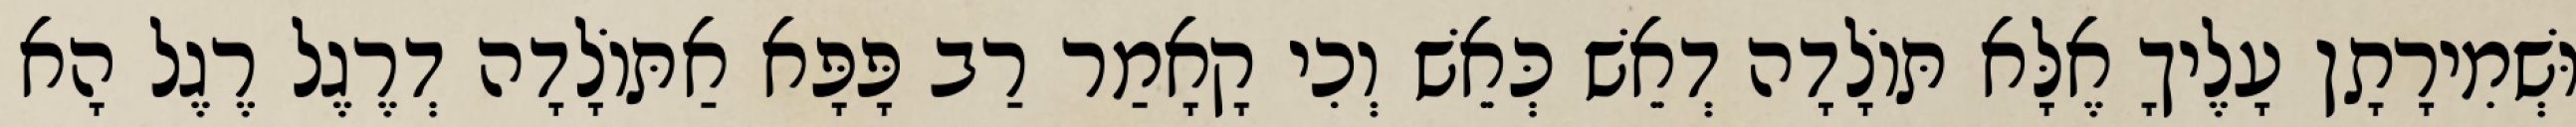
וּשְׁמִירָתָן עָלֶיךָ אֶלָּא תּוֹלָדָה דְאֵשׁ כְּאֵשׁ וְכִי קָאָמַר רַב פָּפָּא אַתּוֹלָדָה דְרֶגֶל רֶגֶל הָא